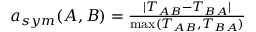
\begin{array} { r } { a _ { s y m } ( A , B ) = \frac { | T _ { A B } - T _ { B A } | } { \operatorname* { m a x } ( T _ { A B } , T _ { B A } ) } } \end{array}